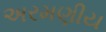
અરમણીય